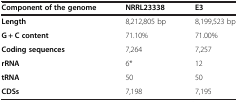
| Component of the genome | NRRL23338 | E3 |
 | --- | --- | --- |
 | Length | 8,212,805 bp | 8,199,523 bp |
 | G + C content | 71.10% | 71.00% |
 | Coding sequences | 7,264 | 7,257 |
 | rRNA | 6* | 12 |
 | tRNA | 50 | 50 |
 | CDSs | 7,198 | 7,195 |